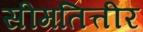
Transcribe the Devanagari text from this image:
सीमतित्तीर